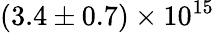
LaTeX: (3.4\pm 0.7)\times 10^{15}